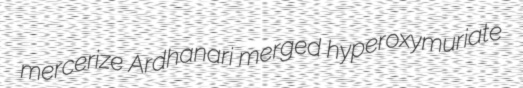
mercerize Ardhanari merged hyperoxymuriate